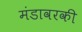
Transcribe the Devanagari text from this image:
मंडावरकी